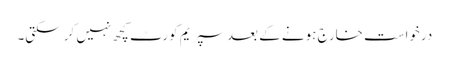
درخواست خارج ہونے کے بعد سپریم کورٹ کچھ نہیں کر سکتی۔